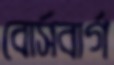
বোর্সবার্গ